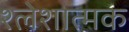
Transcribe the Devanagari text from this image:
श्लेशात्मक